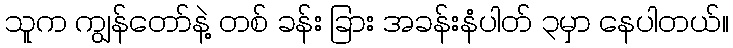
သူက ကျွန်တော်နဲ့ တစ် ခန်း ခြား အခန်းနံပါတ် ၃မှာ နေပါတယ်။